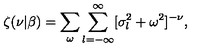
\zeta ( \nu | \beta ) = \sum _ { \omega } \sum _ { l = - \infty } ^ { \infty } [ \sigma _ { l } ^ { 2 } + \omega ^ { 2 } ] ^ { - \nu } ,